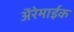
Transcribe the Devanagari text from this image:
अॅरेमाईक